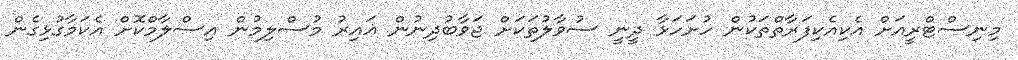
މިނިސްޓްރީއަށް އެކިއެކިފަރާތްތަކުން ހުށަހަޅާ ދީނީ ސުވާލުތަކަށް ޖަވާބުދިނުން ޣައިރު މުސްލިމުން އިސްލާމްކޮށް އެކަމާގުޅިގެން